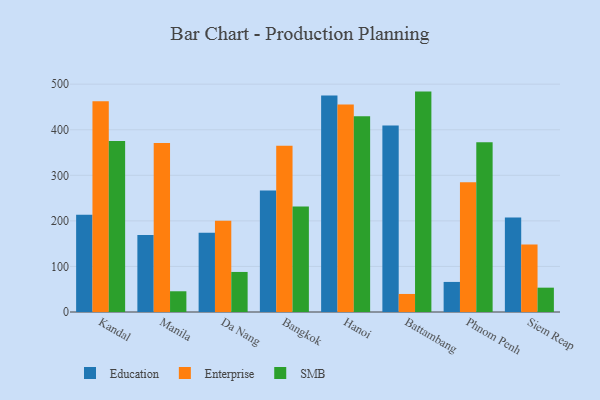
{"axis": {"x": "City", "y": "Gross Profit (USD K)"}, "legend": ["Education", "Enterprise", "SMB"], "data": [{"x": "Kandal", "y": 213.2, "type": "Education"}, {"x": "Kandal", "y": 462.3, "type": "Enterprise"}, {"x": "Kandal", "y": 375.5, "type": "SMB"}, {"x": "Manila", "y": 168.8, "type": "Education"}, {"x": "Manila", "y": 371.1, "type": "Enterprise"}, {"x": "Manila", "y": 45.5, "type": "SMB"}, {"x": "Da Nang", "y": 174.1, "type": "Education"}, {"x": "Da Nang", "y": 200.1, "type": "Enterprise"}, {"x": "Da Nang", "y": 87.9, "type": "SMB"}, {"x": "Bangkok", "y": 266.5, "type": "Education"}, {"x": "Bangkok", "y": 364.7, "type": "Enterprise"}, {"x": "Bangkok", "y": 231.3, "type": "SMB"}, {"x": "Hanoi", "y": 475.3, "type": "Education"}, {"x": "Hanoi", "y": 455.5, "type": "Enterprise"}, {"x": "Hanoi", "y": 429.4, "type": "SMB"}, {"x": "Battambang", "y": 409.1, "type": "Education"}, {"x": "Battambang", "y": 39.6, "type": "Enterprise"}, {"x": "Battambang", "y": 483.7, "type": "SMB"}, {"x": "Phnom Penh", "y": 66.0, "type": "Education"}, {"x": "Phnom Penh", "y": 285.0, "type": "Enterprise"}, {"x": "Phnom Penh", "y": 372.4, "type": "SMB"}, {"x": "Siem Reap", "y": 207.5, "type": "Education"}, {"x": "Siem Reap", "y": 148.2, "type": "Enterprise"}, {"x": "Siem Reap", "y": 53.4, "type": "SMB"}]}